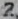
Text: 2